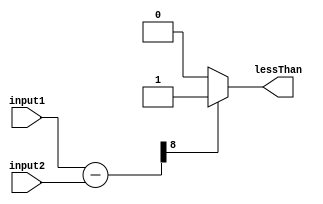
module LessThanComparator (
    input wire [7:0] input1,
    input wire [7:0] input2,
    output wire lessThan
);

reg [8:0] result;

always @* begin
    result = input1 - input2;
    if (result[8] == 1) begin
        lessThan = 1;
    end else begin
        lessThan = 0;
    end
end

endmodule